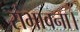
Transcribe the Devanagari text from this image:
संभावना।